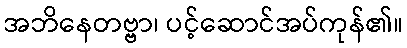
အဘိနေတဗ္ဗာ၊ ပင့်ဆောင်အပ်ကုန်၏။